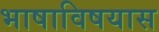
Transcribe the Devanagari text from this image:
भाषाविषयास